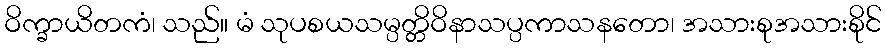
ဝိက္ခာယိတကံ၊ သည်။ မံ သုပစယသမ္ပတ္တိဝိနာသပ္ပကာသနတော၊ အသားစုအသားစိုင်